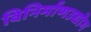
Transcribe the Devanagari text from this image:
विनिर्माणउद्योग